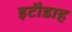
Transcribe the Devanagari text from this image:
इटौडाह